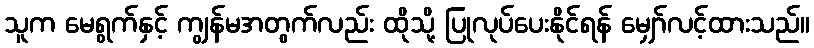
သူက မေရွက်နှင့် ကျွန်မအတွက်လည်း ထိုသို့ ပြုလုပ်ပေးနိုင်ရန် မျှော်လင့်ထားသည်။